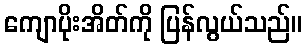
ကျောပိုးအိတ်ကို ပြန်လွယ်သည်။